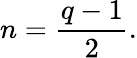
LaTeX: n={\frac{q-1}{2}}.